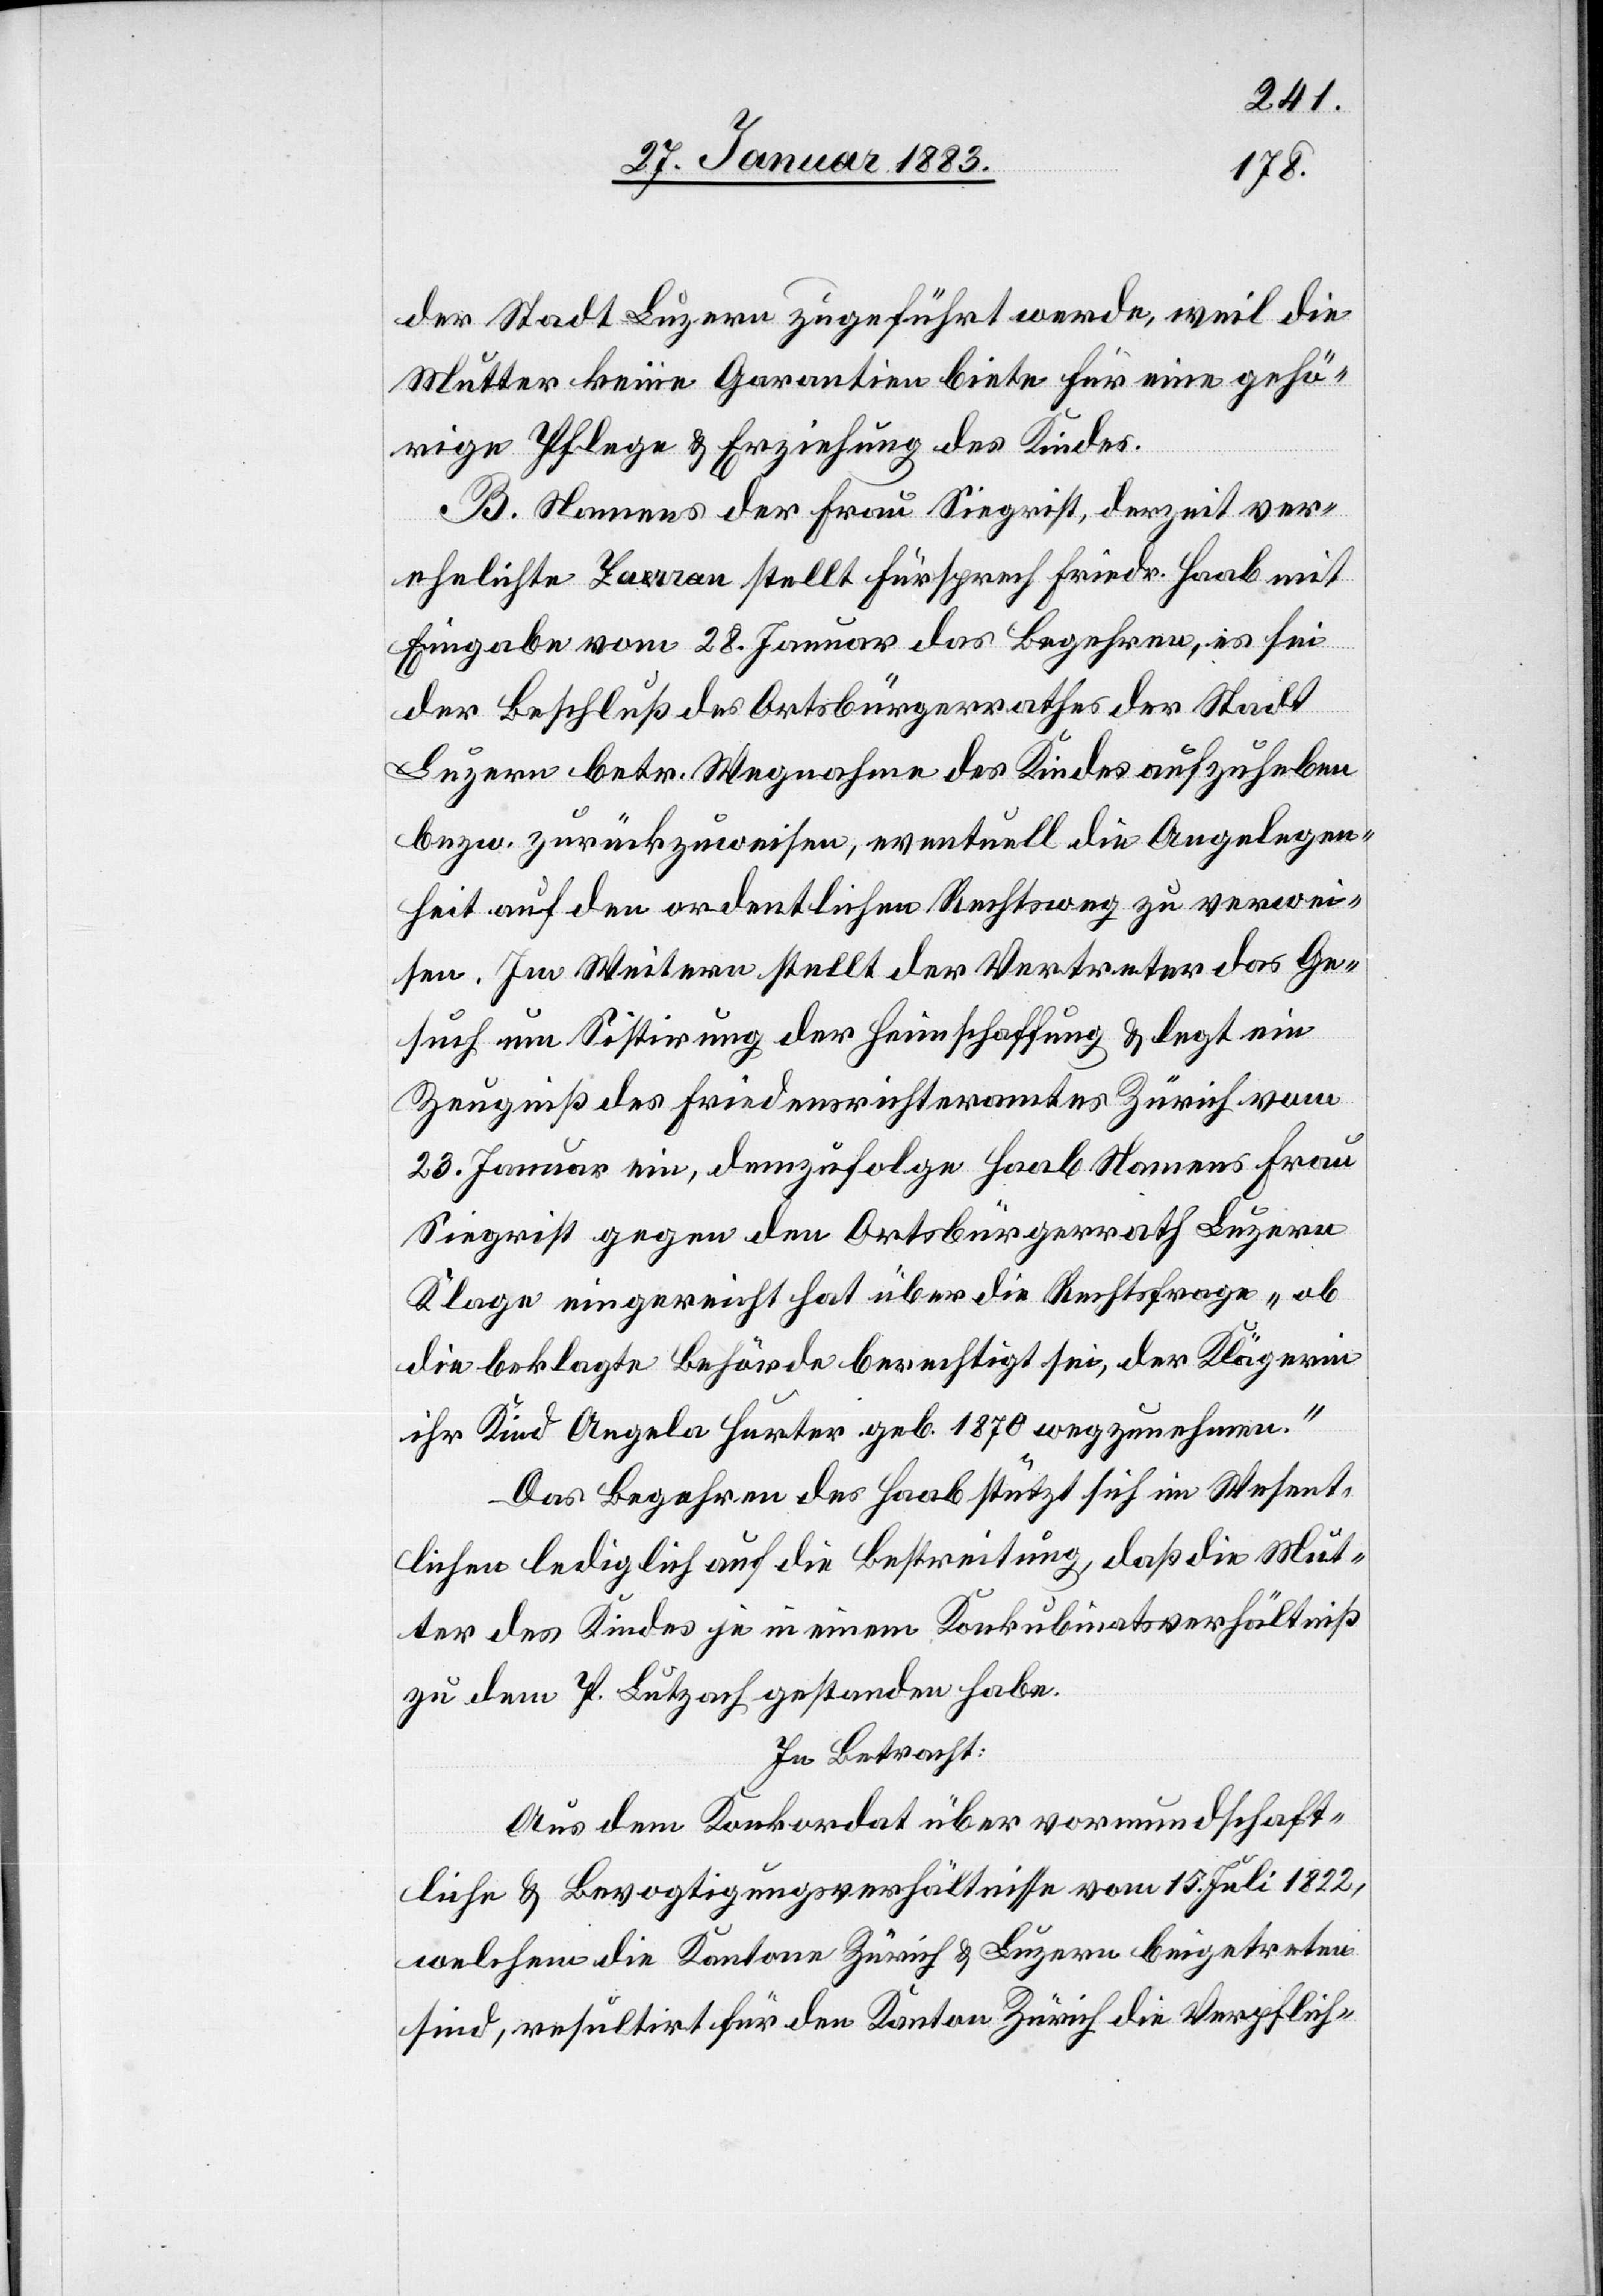
der Stadt Luzern zugeführt werde, weil die
Mutter keine Garantien biete für eine gehö¬
rige Pflege & Erziehung des Kindes.
B. Namens der Frau Siegrist, derzeit ver¬
ehelichte Zaa-e-arran stellt Fürsprech Friedr. Haab mit
Eingabe vom 28. Januar das Begehren, es sei
der Beschluß des Ortsbürgerrathes der Stadt
Luzern betr. Wegnahme des Kindes aufzuheben
bezw. zurückzuweisen, eventuell die Angelegen¬
heit auf den ordentlichen Rechtsweg zu verwei¬
sen. Im Weitern stellt der Vertreter das Ge¬
such um Sistirung der Heimschaffung & legt ein
Zeugniß des Friedensrichteramtes Zürich vom
23. Januar ein, demzufolge Haab Namens Frau
Siegrist gegen den Ortsbürgerrath Luzern
Klage eingereicht hat über die Rechtsfrage „ob
die beklagte Behörde berechtigt sei, der Klägerin
ihr Kind Angela Hurter geb. 1870 wegzunehmen.“
Das Begehren des Haab stützt sich im Wesent¬
lichen lediglich auf die Bestreitung, daß die Mut¬
ter des Kindes je in einem Konkubinatsverhältniß
zu dem P. Lutzach gestanden habe.
In Betracht:
Aus dem Konkordat über vormundschaft¬
liche & Bevogtigungsverhältnisse vom 15. Juli 1822,
welchem die Kantone Zürich & Luzern beigetreten
sind, resultirt für den Kanton Zürich die Verpflich-